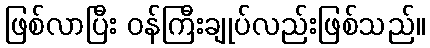
ဖြစ်လာပြီး ဝန်ကြီးချုပ်လည်းဖြစ်သည်။